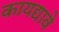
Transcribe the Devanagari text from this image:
कायद्यावे